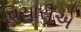
વિચારીએ